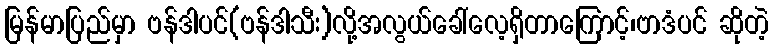
မြန်မာပြည်မှာ ဗန်ဒါပင်(ဗန်ဒါသီး)လို့အလွယ်ခေါ်လေ့ရှိတာကြောင့်၊ဗာဒံပင် ဆိုတဲ့